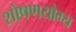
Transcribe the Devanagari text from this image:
शोषणयोग्य